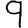
Digit: 9